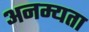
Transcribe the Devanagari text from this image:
अनम्यता